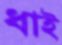
ধাই